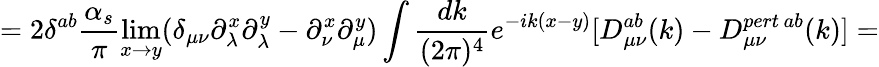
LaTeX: =2\delta^{ab}\frac{\alpha_{s}}{\pi}\operatorname*{lim}_{x\rightarrow y}(\delta_{\mu\nu}\partial_{\lambda}^{x}\partial_{\lambda}^{y}-\partial_{\nu}^{x}\partial_{\mu}^{y})\int\frac{dk}{(2\pi)^{4}}e^{-ik(x-y)}[D_{\mu\nu}^{ab}(k)-D_{\mu\nu}^{pert\, ab}(k)]=